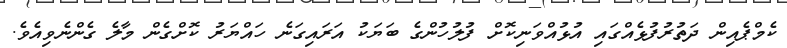
ކެމްޕެއިން ދަތުރުފުޅެއްގައި އުޅުއްވަނިކޮށް ފުލުހުންގެ ބަޔަކު އަރައިގަނެ ހައްޔަރު ކޮށްގެން މާލެ ގެންނެވިއެވެ.